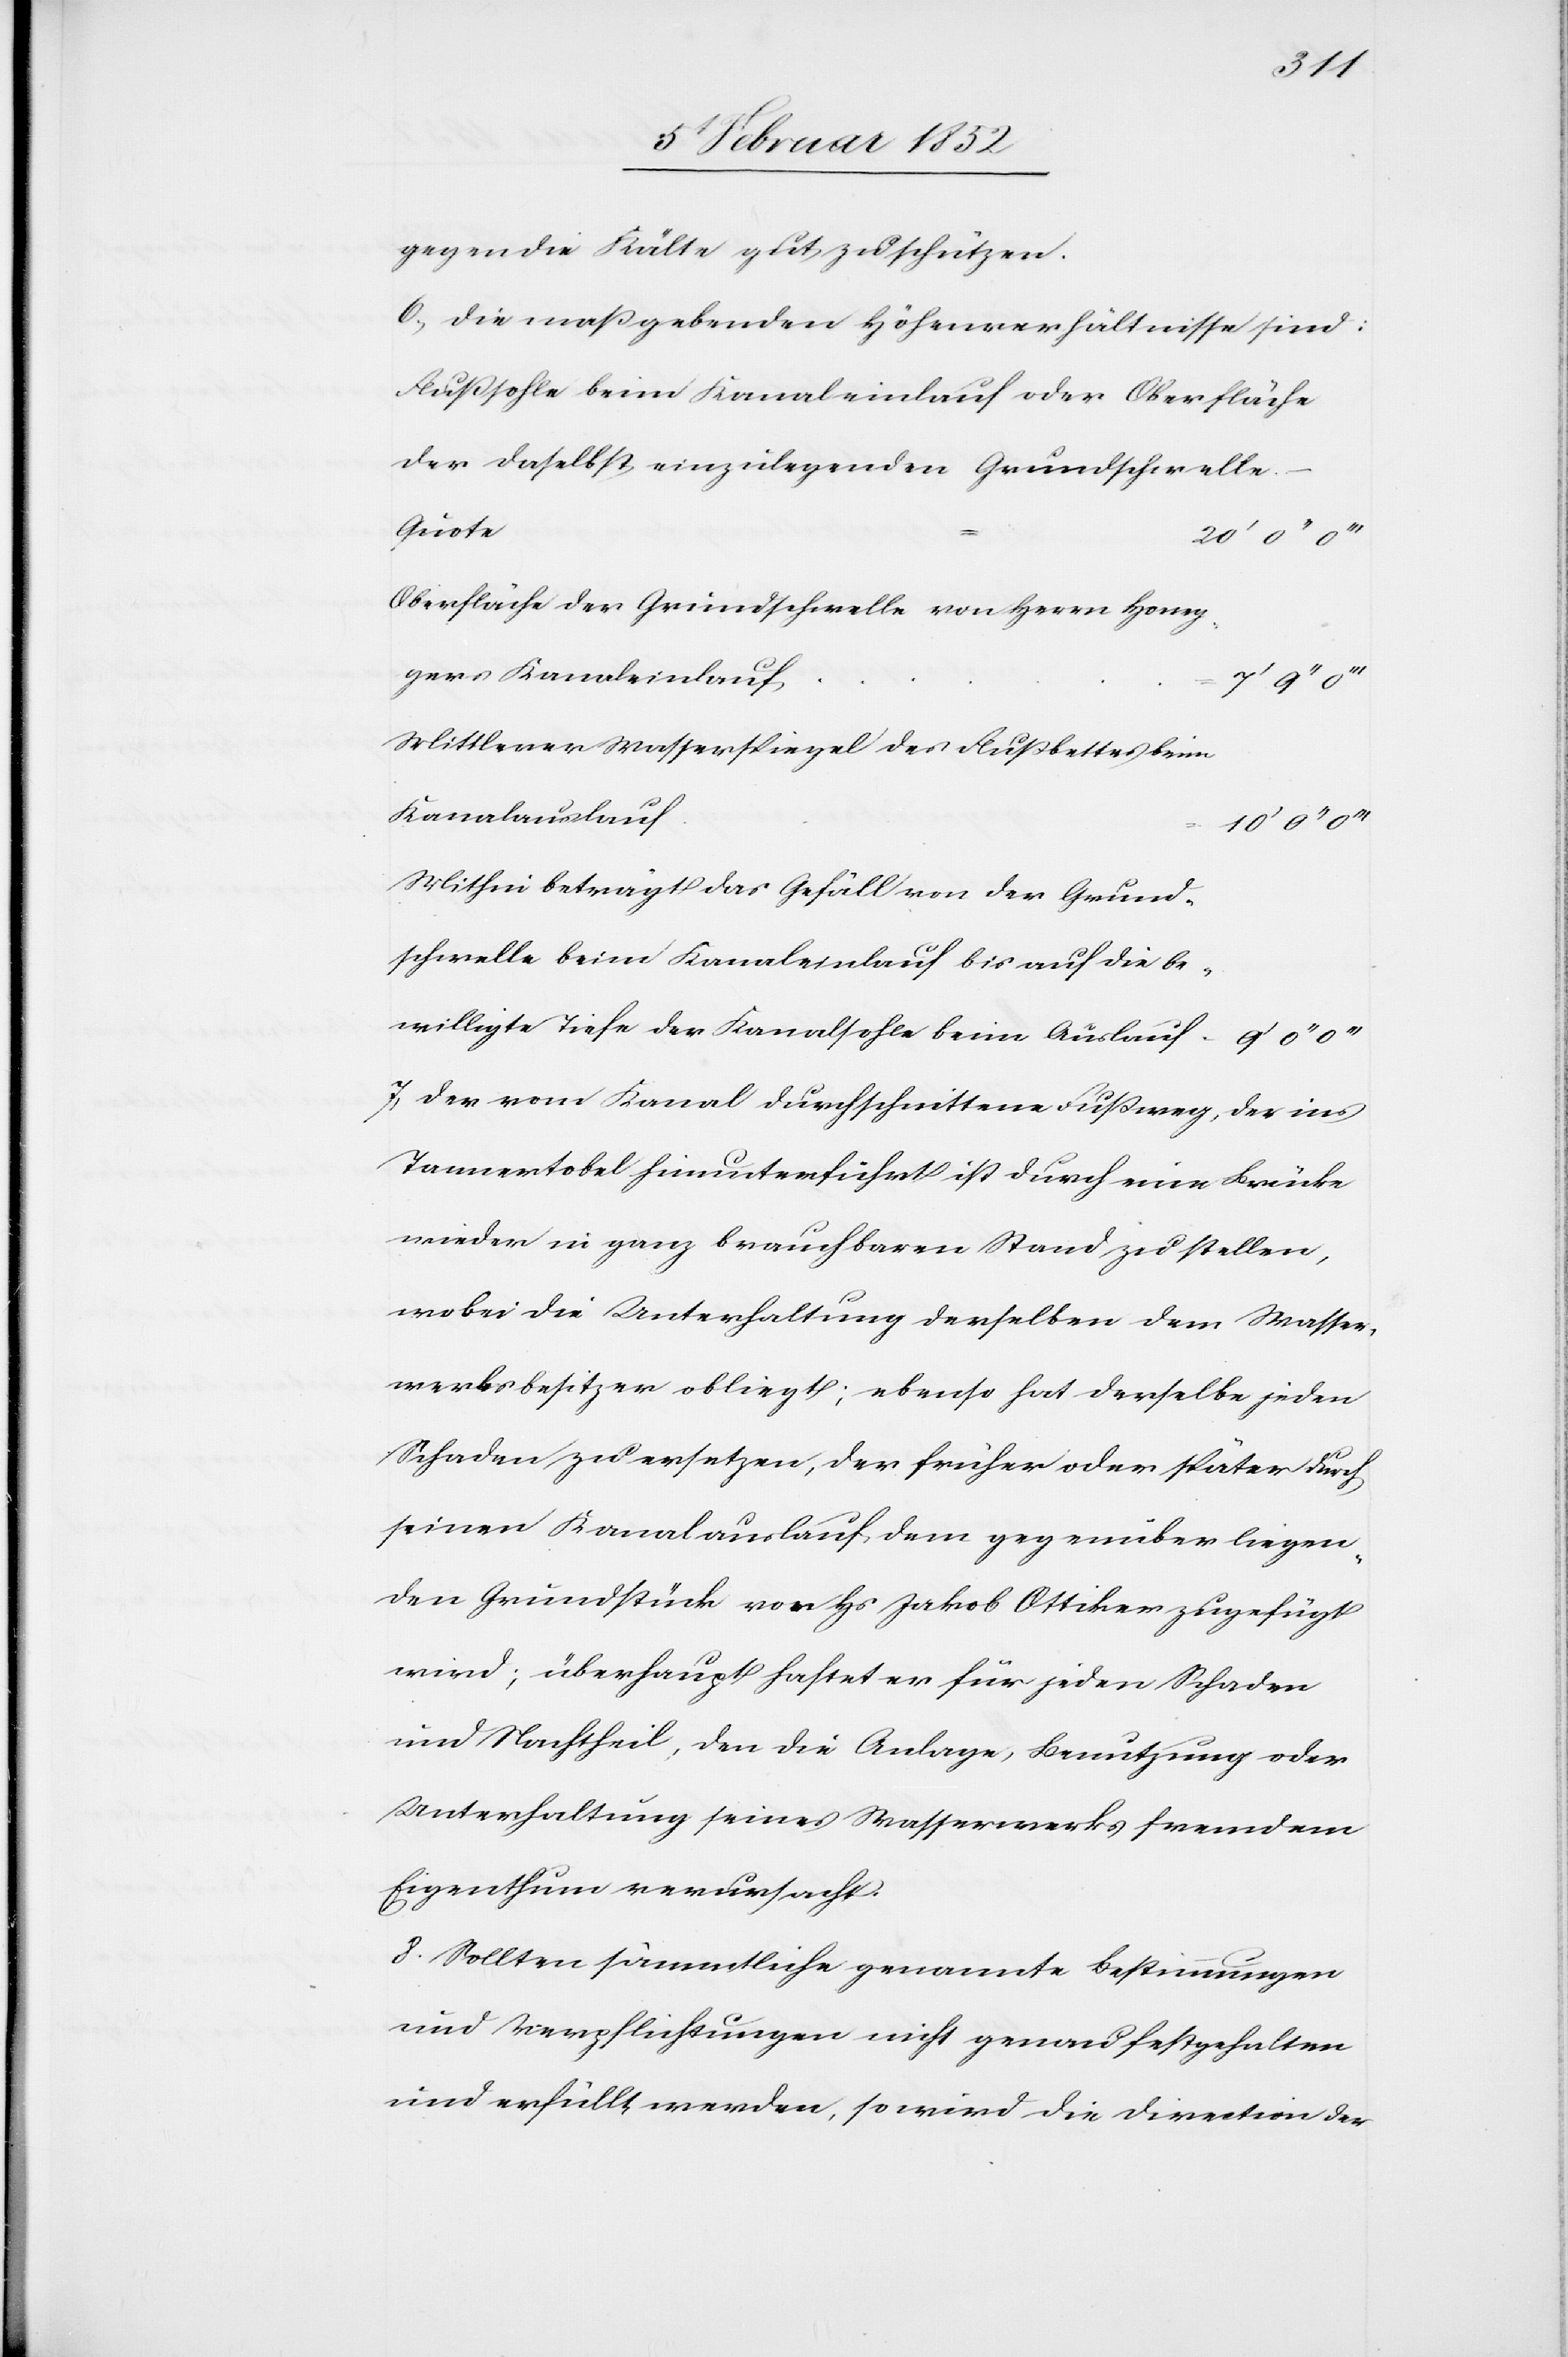
gegen die Kälte gut zu schützen.
6.) Die maßgebenden Höhenverhältnisse sind:
Flußsohle beim Kanaleinlauf oder Oberfläche
der daselbst einzulegenden Grundschwelle.
Quote
Oberfläche der Grundschwelle von Herrn Honeg¬
gers Kanaleinlauf
Mittlerer Wasserspiegel des Flußbettes beim
Kanalauslauf
10’ 0’’
Mithin beträgt das Gefäll der Grund¬
schwelle beim Kanaleinlauf bis auf die be¬
willigte Tiefe der Kanalsohle beim Auslauf
7) Der vom Kanal durchschnittene Fußweg, der ins
Tannertobel hinunterführt ist durch eine Brücke
wieder in ganz brauchbaren Stand zu stellen,
wobei die Unterhaltung derselben dem Wasser¬
werksbesitzer obliegt; ebenso hat derselbe jeden
Schaden zu ersetzen, der früher oder später durch
seinen Kanalauslauf, dem gegenüber liegen¬
den Grundstücke von Hs Jakob Ottiker zugefügt
wird; überhaupt haftet er für jeden Schaden
und Nachtheil, den die Anlage, Benutzung oder
Unterhaltung seines Wasserwerks, fremdem
Eigenthum verursacht.
8. Sollten sämmtliche genannte Bestimmungen
und Verpflichtungen nicht genau festgehalten
und erfüllt werden, so wird die Direction der